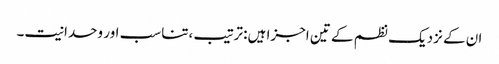
ان کے نزدیک نظم کے تین اجزا ہیں: ترتیب ،تناسب اور وحدانیت۔